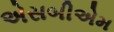
એસબીએમ